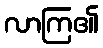
လာကြ၏